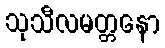
သုသီလမတ္တနော